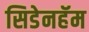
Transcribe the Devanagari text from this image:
सिडेनहॅम